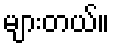
များတယ်။